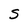
Character: S